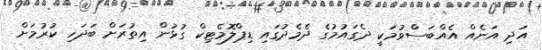
އަދި އަނެއް އެއްބަސްވުމަކީ ދެގައުމުގެ ދެމެދުގައި ޑިޕްލޮމެޓިކް ގުޅުން އިތުރަށް ބަދަހި ކުރުމަށް